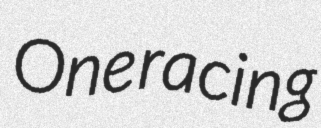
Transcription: One racing